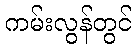
ကမ်းလွန်တွင်